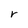
Character: r